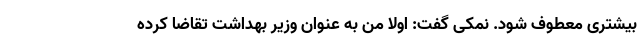
بیشتری معطوف شود. نمکی گفت: اولا من به عنوان وزیر بهداشت تقاضا کرده